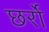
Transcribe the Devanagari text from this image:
छर्रो